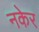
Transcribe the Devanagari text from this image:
नकेर